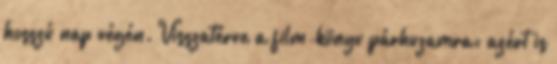
hosszú nap végén. Visszatérve a film-könyv párhuzamra: azért is